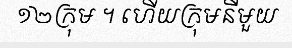
១២ក្រុម ។ ហើយក្រុមនីមួយ